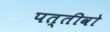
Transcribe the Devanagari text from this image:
पत्तीवो